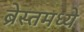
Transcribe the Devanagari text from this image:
ब्रेस्तमध्ये